65_HS1-834228961_62-HQ-83894_Section_7
Agency: FBI
Page 109
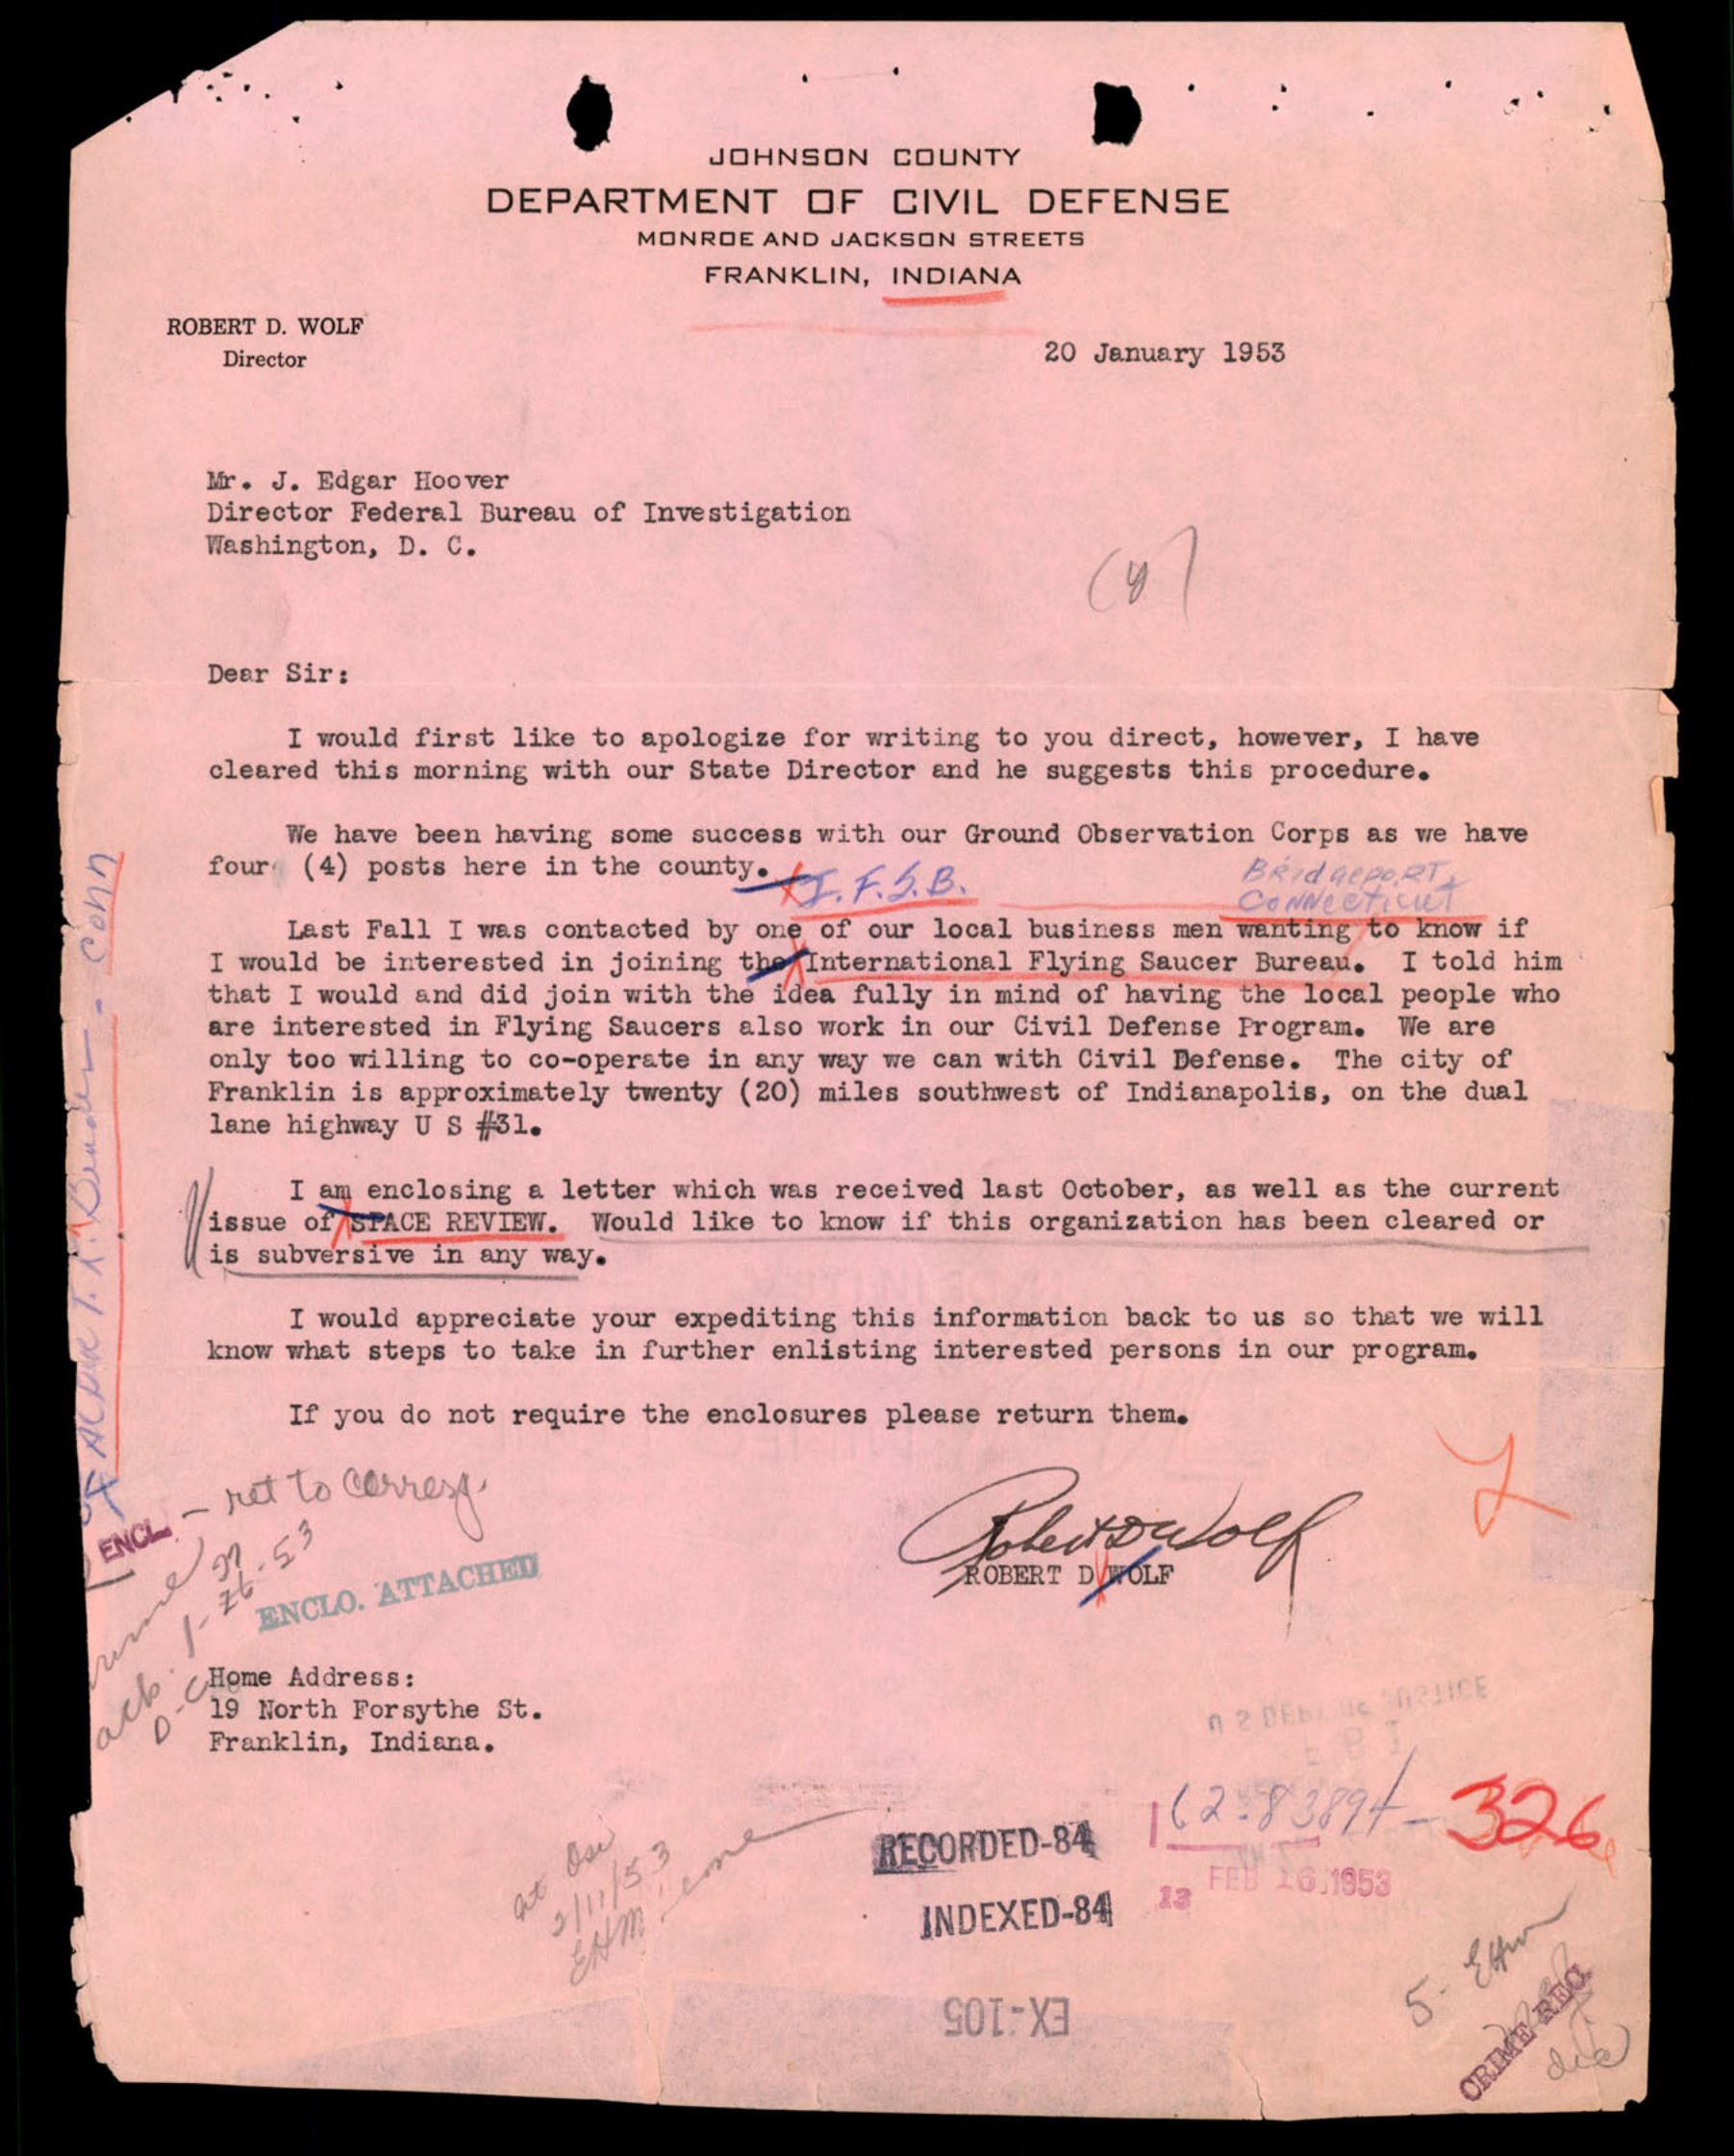